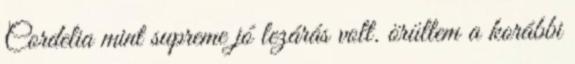
Cordelia mint supreme jó lezárás volt. örültem a korábbi